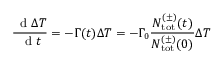
\frac { \, \mathrm { ~ d ~ } \Delta T } { \, \mathrm { ~ d ~ } t } = - \Gamma ( t ) \Delta T = - \Gamma _ { 0 } \frac { N _ { \mathrm { { t o t } } } ^ { ( \pm ) } ( t ) } { N _ { \mathrm { { t o t } } } ^ { ( \pm ) } ( 0 ) } \Delta T